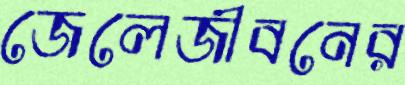
জেলেজীবনের